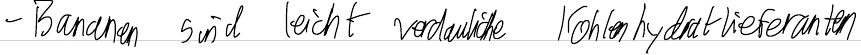
- Bananen sind leicht verdauliche Kohlenhydratlieferanten